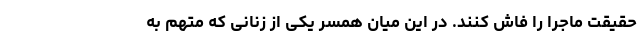
حقیقت ماجرا را فاش کنند. در این میان همسر یکی از زنانی که متهم به